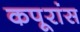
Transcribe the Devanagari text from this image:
कपूरांस